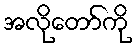
အလိုတော်ကို